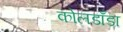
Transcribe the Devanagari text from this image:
कोलडाँडा